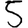
Digit: 5